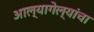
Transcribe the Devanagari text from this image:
आल्यागेल्यांचा